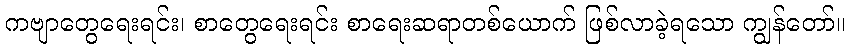
ကဗျာတွေရေးရင်း၊ စာတွေရေးရင်း စာရေးဆရာတစ်ယောက် ဖြစ်လာခဲ့ရသော ကျွန်တော်။